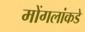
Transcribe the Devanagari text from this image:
मोंगलांकडे